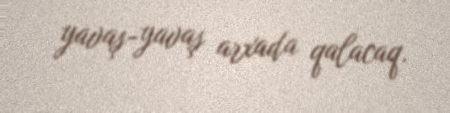
yavaş-yavaş arxada qalacaq.